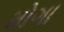
મોગા